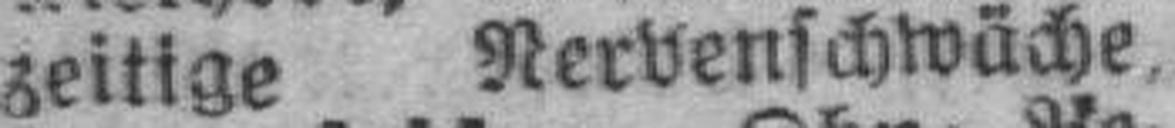
zeitige Nervenschwäche